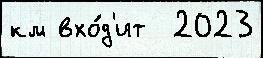
км вхо́д'ит  2023